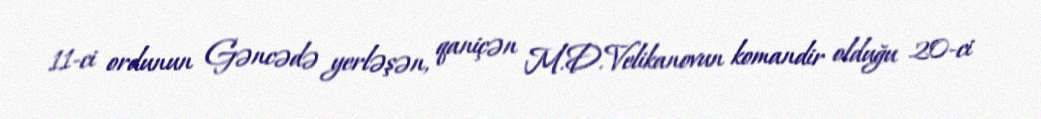
11-ci ordunun Gəncədə yerləşən, qaniçən M.D.Velikanovun komandir olduğu 20-ci